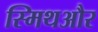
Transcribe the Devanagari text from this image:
स्मिथऔर